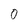
Character: 0